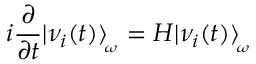
i \frac { \partial } { \partial t } | \nu _ { i } ( t ) \rangle _ { \! _ { \omega } } = { \cal H } | \nu _ { i } ( t ) \rangle _ { \! _ { \omega } }